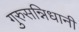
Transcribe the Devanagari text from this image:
गुरुसन्निधानी